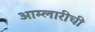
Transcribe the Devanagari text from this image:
आम्लारीची